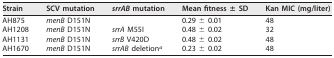
<table><thead><tr><td><b>Strain</b></td><td><b>SCV mutation</b></td><td><b><i>srrAB</i> mutation</b></td><td><b>Mean fitness ± SD</b></td><td><b>Kan MIC (mg/liter)</b></td></tr></thead><tbody><tr><td>AH875</td><td><i>menB</i> D151N</td><td></td><td>0.29 ± 0.01</td><td>48</td></tr><tr><td>AH1208</td><td><i>menB</i> D151N</td><td><i>srrA</i> M55I</td><td>0.48 ± 0.02</td><td>32</td></tr><tr><td>AH1131</td><td><i>menB</i> D151N</td><td><i>srrB</i> V420D</td><td>0.48 ± 0.02</td><td>48</td></tr><tr><td>AH1670</td><td><i>menB</i> D151N</td><td><i>srrAB</i> deletion<sup>a</sup></td><td>0.23 ± 0.02</td><td>48</td></tr></tbody></table>